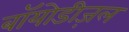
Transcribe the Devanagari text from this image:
बॉयोडीज़ल